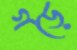
গড়ে